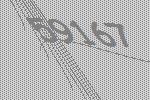
59167